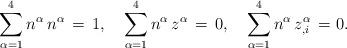
LaTeX: \begin{align*}\sum_{\alpha =1}^{4} n^\alpha \,n^\alpha \,=\,1,\quad\sum_{\alpha =1}^{4}n^\alpha \,z^\alpha \,=\,0,\quad \sum_{\alpha =1}^{4}n ^\alpha \,z^\alpha _{,i}\,=0.\end{align*}